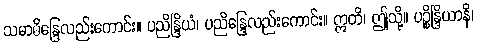
သမာဓိန္ဒြေလည်းကောင်း။ ပညိန္ဒြိယံ၊ ပညိန္ဒြေလည်းကောင်း။ ဣတိ၊ ဤသို့။ ပဉ္စိန္ဒြိယာနိ၊